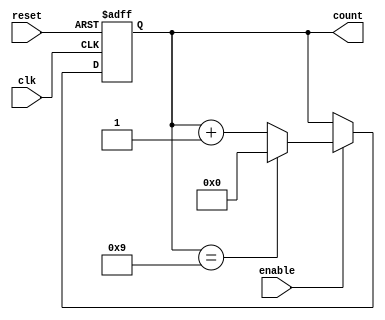
module modulus_counter #(
    parameter N = 10  // Modulus value (N)
) (
    input wire clk,        // Clock input
    input wire reset,      // Asynchronous reset input
    input wire enable,     // Enable input
    output reg [$clog2(N)-1:0] count // Counter output
);

    // Asynchronous reset and counting logic
    always @(posedge clk or posedge reset) begin
        if (reset) begin
            count <= 0;  // Reset counter to 0
        end else if (enable) begin
            if (count == N-1) begin
                count <= 0;  // Reset to 0 when reaching modulus
            end else begin
                count <= count + 1;  // Increment counter
            end
        end
    end

endmodule